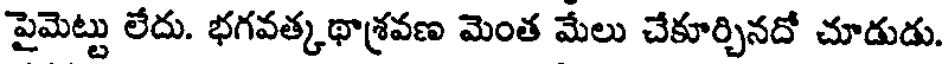
పైమెట్టు లేదు. భగవత్కథాశ్రవణ మెంత మేలు చేకూర్చినదో చూడుడు.